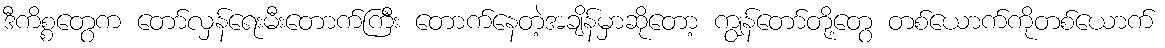
ဒီကိစ္စတွေက တော်လှန်ရေးမီးတောက်ကြီး တောက်နေတဲ့အချိန်မှာဆိုတော့ ကျွန်တော်တို့တွေ တစ်ယောက်ကိုတစ်ယောက်